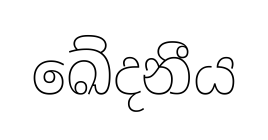
ඛේදනීය